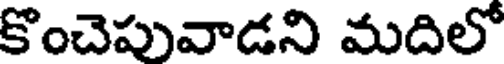
కొంచెపువాడని మదిలో